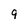
Character: 9